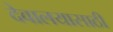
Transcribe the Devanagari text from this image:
देवालयासाठी